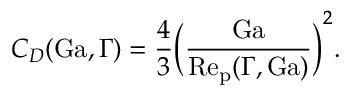
C _ { D } ( \mathrm { G a } , \Gamma ) = \frac { 4 } { 3 } \bigg ( \frac { \mathrm { G a } } { \mathrm { R e _ { p } } ( \Gamma , \mathrm { G a } ) } \bigg ) ^ { 2 } .